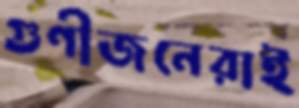
গুণীজনেরাই